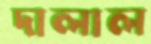
দালাল